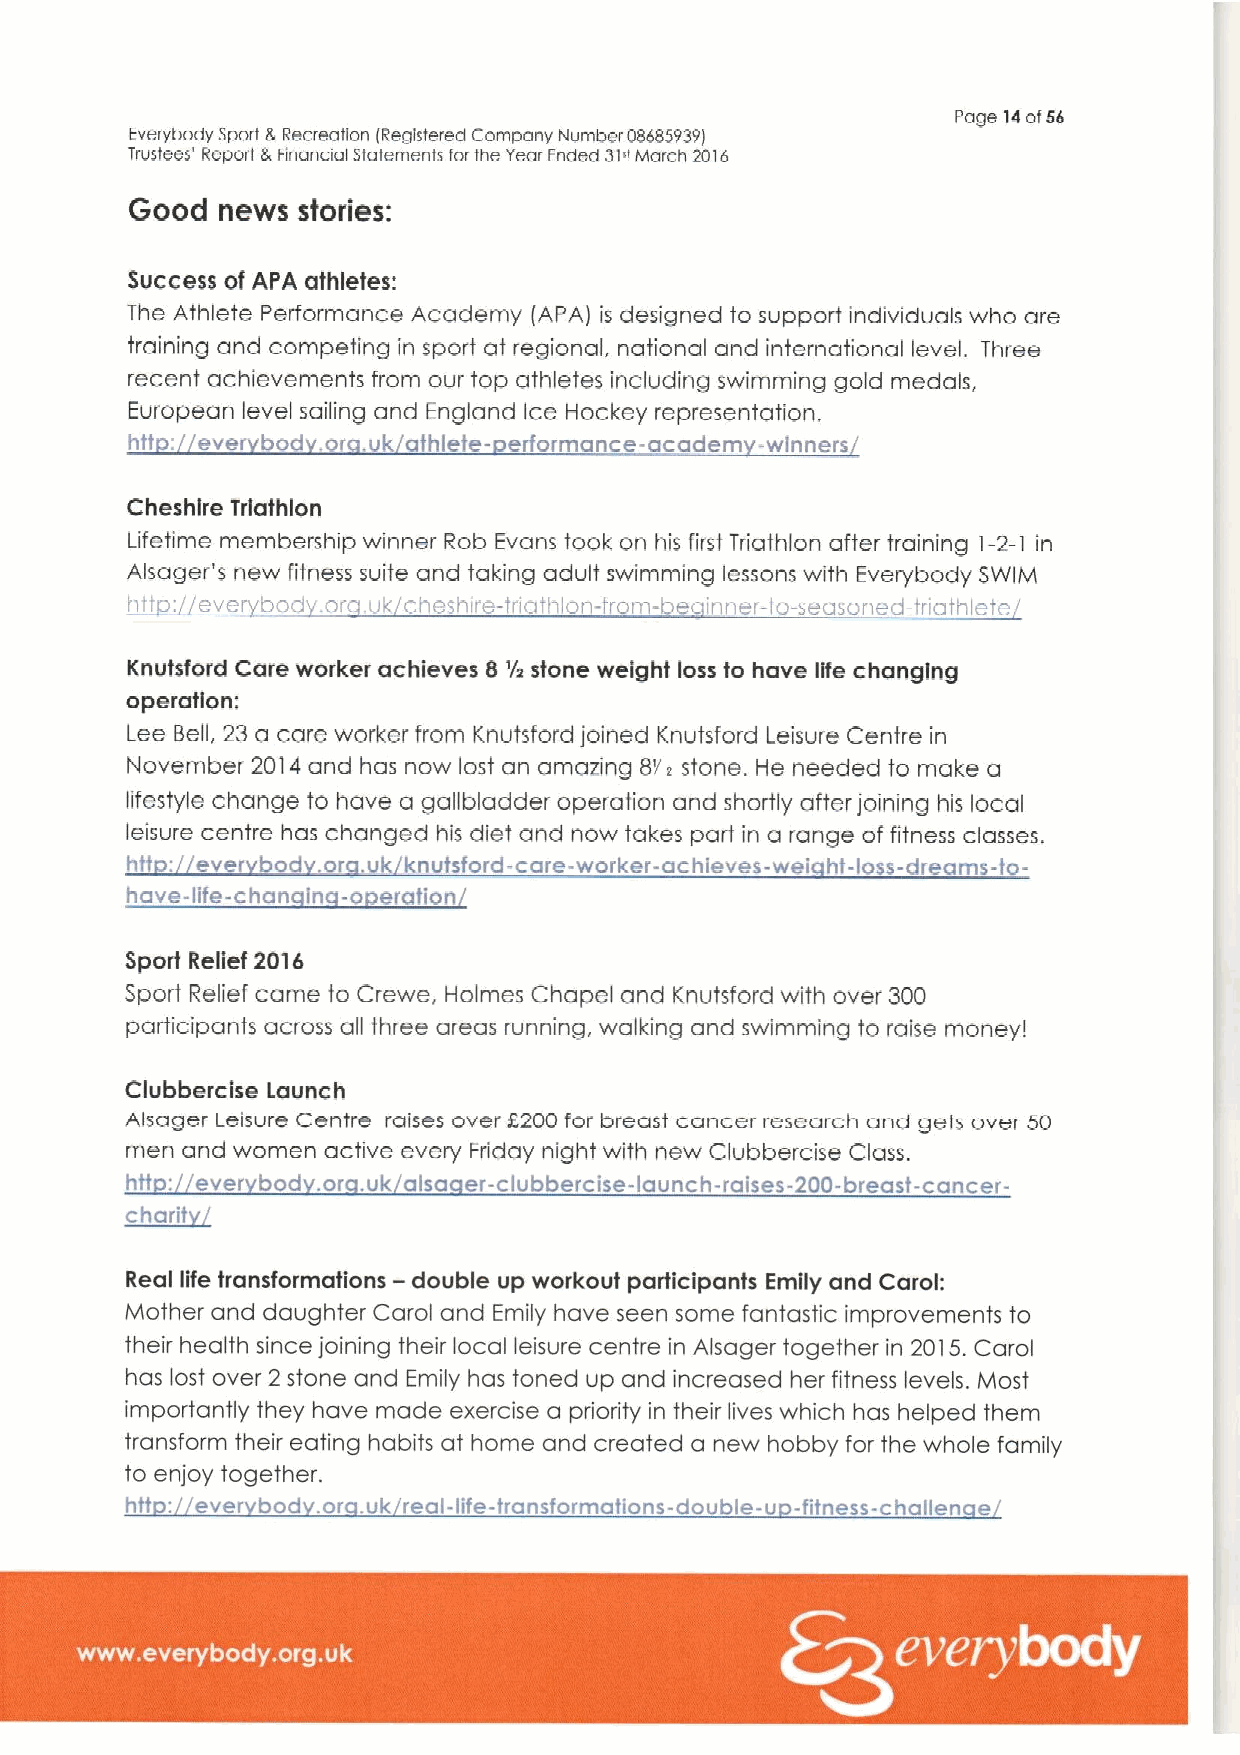
Page T4of56
 Everybody Sport &Recreation iRegistered Company Number 08685939I
 Trustees' Report &Financial Statements tor the year Ended 31"March 2016
 Good news  sfories:
 Success of APA athletes:
 The Athlete Performance Academy (APA) is designed to support individuals who are
 training and competing in sport at regional, national and international level. Three
 recent achievements from our top athletes including swimming gold medals,
 European level sailing and England Ice Hockey representation.
 htt: ever bod or uk athlete- erformance-academ -winners
 Cheshire Triathlon
 Lifetime membership winner Rob Evans took on his first Triathlon after training 1-2-1 in
 Aisager's new fitness suite and taking adult swimming lessons with Everybody SWIM
 h;to: evervbod oro.uk cheshire-triathlon-from-be inner-to-seasoned-triath eter
 Knutsford Care worker achieves 8 ys stone weight loss to have life changing
 operation;
 Lee Bell, 23 a care worker from Knutsford joined Knutsford Leisure Centre in
 November 2014and has now lost an amaiing Bys stone. He needed to make a
 lifestyle change to have a gallbladder operation and shortly after joining his local
 leisure centre has changed his diet and now takes past in a range of fitness classes.
 htt  ever bod or uk knutsford-care-worker-achieves-wei ht-lass-dreams-to-
 have-life-chan in -o eration
 Sport Relief 2016
 Sport Relief came to Crewe, Hoimes Chapel and Knutsford with over 300
 participants across all three areas running, walking and swimming to raise money!
 Clubbercise Launch
 Alsager Leisure Centre raises over 2200 for breast cancer research and gets over 50
 men and women active every Friday night with new Clubbercise Class.
 htt  ever bod or .uk also er-clubbercise-launch-raises-200-breast-cancer-
 ~charit
 Real life transformations —double up workout participants Emily and Carok
 Ivlother and daughter Carol and Emily have seen some fantastic improvements to
 their health since joining their local leisure centre in Alsager together in 2015.Carol
 has lost over 2 stone and Emily has toned up and increased her fitness levels. Most
 importantly they have made exercise a priority in their lives which has helped them
 transform their eating habits at horne and created a new hobby for the whole family
 to enjoy together.
 htt: ever bad .or uk real-life-transfotmatians-double-u -fitness-chaiien e
 ~ ~ ~